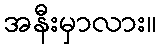
အနီးမှာလား။